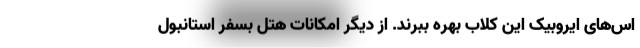
اس‌های ایروبیک این کلاب بهره‌ ببرند. از دیگر امکانات هتل بسفر استانبول